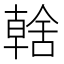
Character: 𮍿